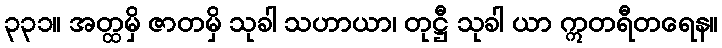
၃၃၁။ အတ္ထမှိ ဇာတမှိ သုခါ သဟာယာ၊ တုဋ္ဌီ သုခါ ယာ ဣတရီတရေန။